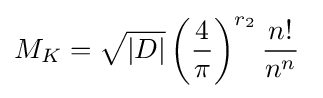
M_{K}={\sqrt {|D|}}\left({\frac {4}{\pi }}\right)^{r_{2}}{\frac {n!}{n^{n}}}\